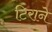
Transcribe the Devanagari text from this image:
टिराने